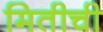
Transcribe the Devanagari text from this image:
मितीची